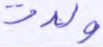
ولدت